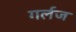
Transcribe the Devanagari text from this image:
गर्लज